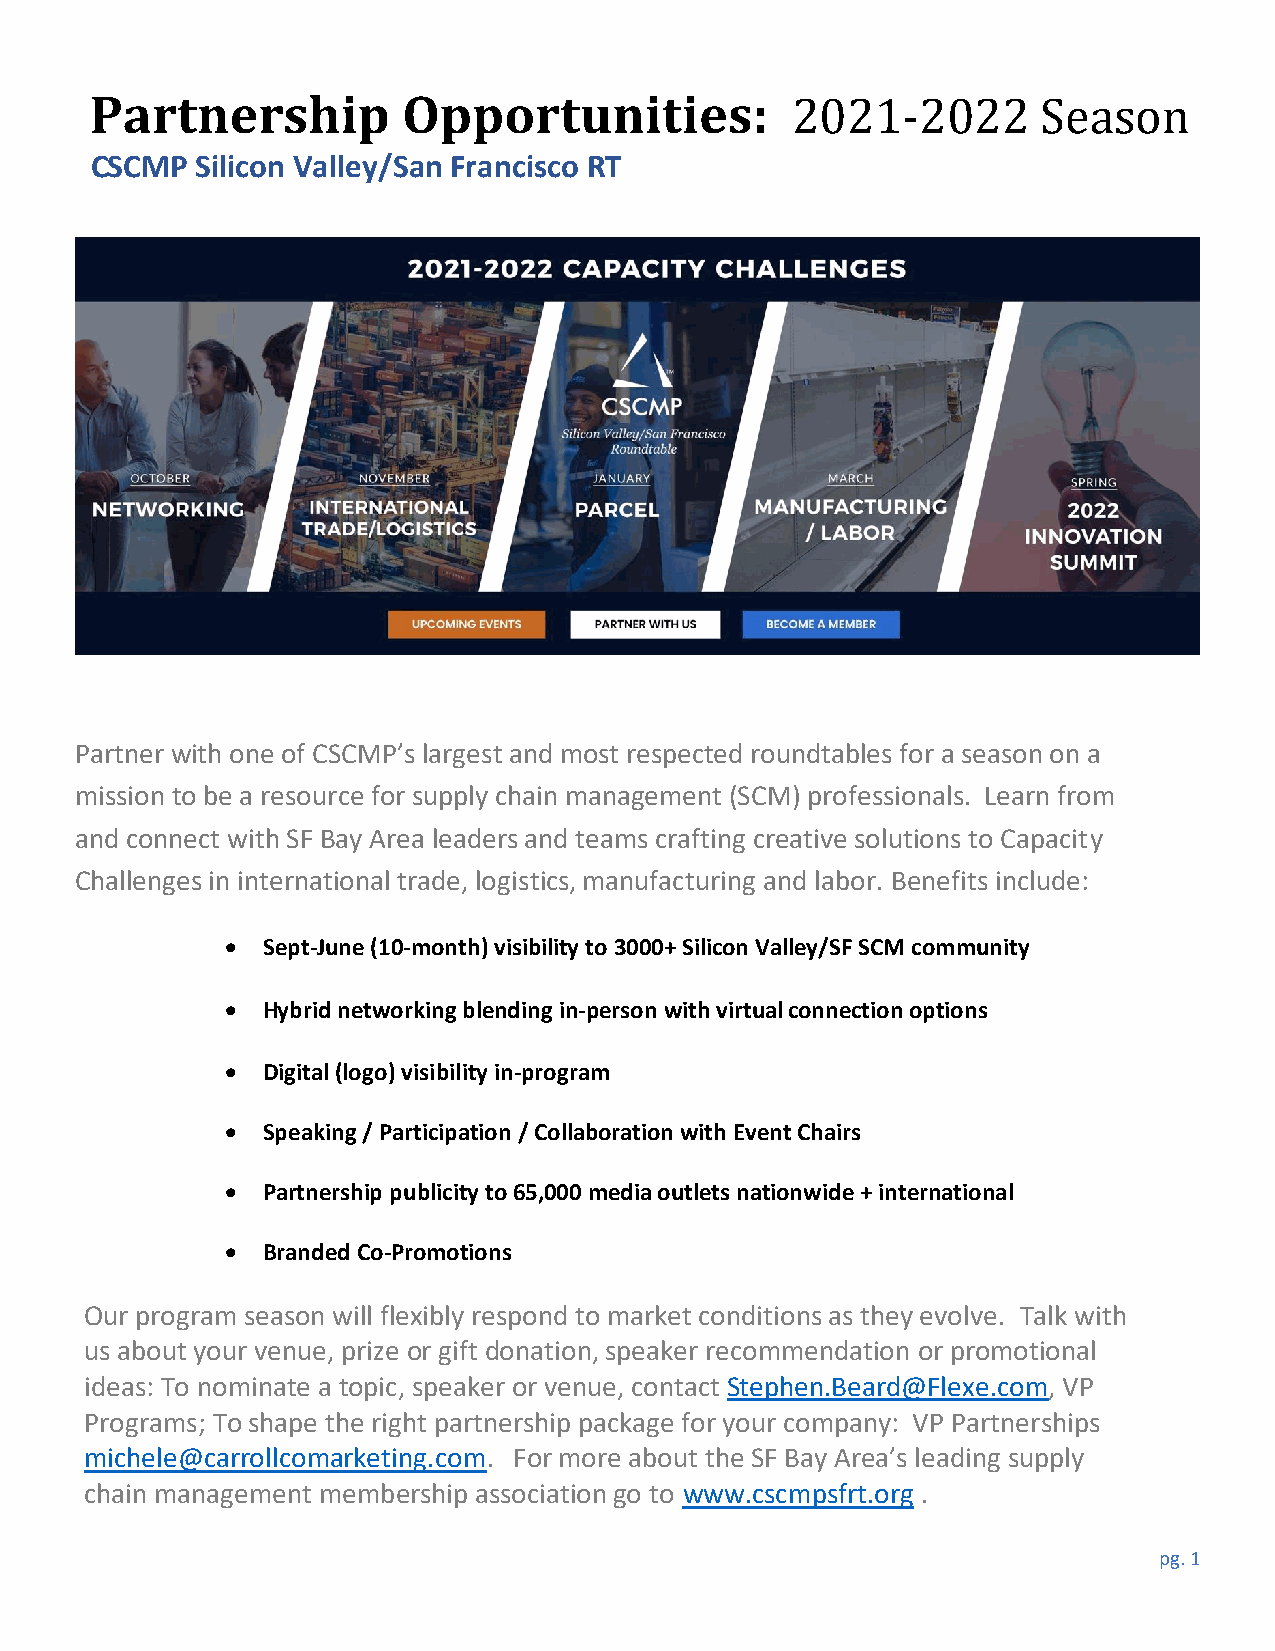
Partnership          Opportunities:           2021-2022        Season
 CSCMP  Silicon Valley/San Francisco RT
 Partner with one of CSCMP’s largest and most respected roundtables for a season on a
 mission to be a resource for supply chain management (SCM) professionals. Learn from
 and connect with SF Bay Area leaders and teams crafting creative solutions to Capacity
 Challenges in international trade, logistics, manufacturing and labor. Benefits include:
 • Sept-June (10-month) visibility to 3000+ Silicon Valley/SF SCM community
 • Hybrid networking blending in-person with virtual connection options
 • Digital (logo) visibility in-program
 • Speaking / Participation / Collaboration with Event Chairs
 • Partnership publicity to 65,000 media outlets nationwide + international
 • Branded Co-Promotions
 Our program season will flexibly respond to market conditions as they evolve. Talk with
 us about your venue, prize or gift donation, speaker recommendation or promotional
 ideas: To nominate a topic, speaker or venue, contact Stephen.Beard@Flexe.com, VP
 Programs; To shape the right partnership package for your company: VP Partnerships
 michele@carrollcomarketing.com. For more about the SF Bay Area’s leading supply
 chain management membership association go to www.cscmpsfrt.org .
 pg. 1